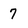
Character: 7